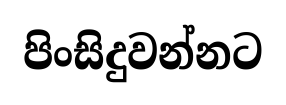
පිංසිදුවන්නට